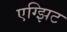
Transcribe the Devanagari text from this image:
एग्झिट